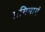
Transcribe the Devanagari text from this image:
प्रमिमाएं